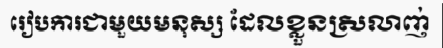
រៀបការជាមួយមនុស្ស ដែលខ្លួនស្រលាញ់